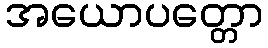
အယောပတ္တော